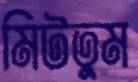
মিটতুম